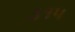
૩૧૫